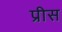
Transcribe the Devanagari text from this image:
प्रीस